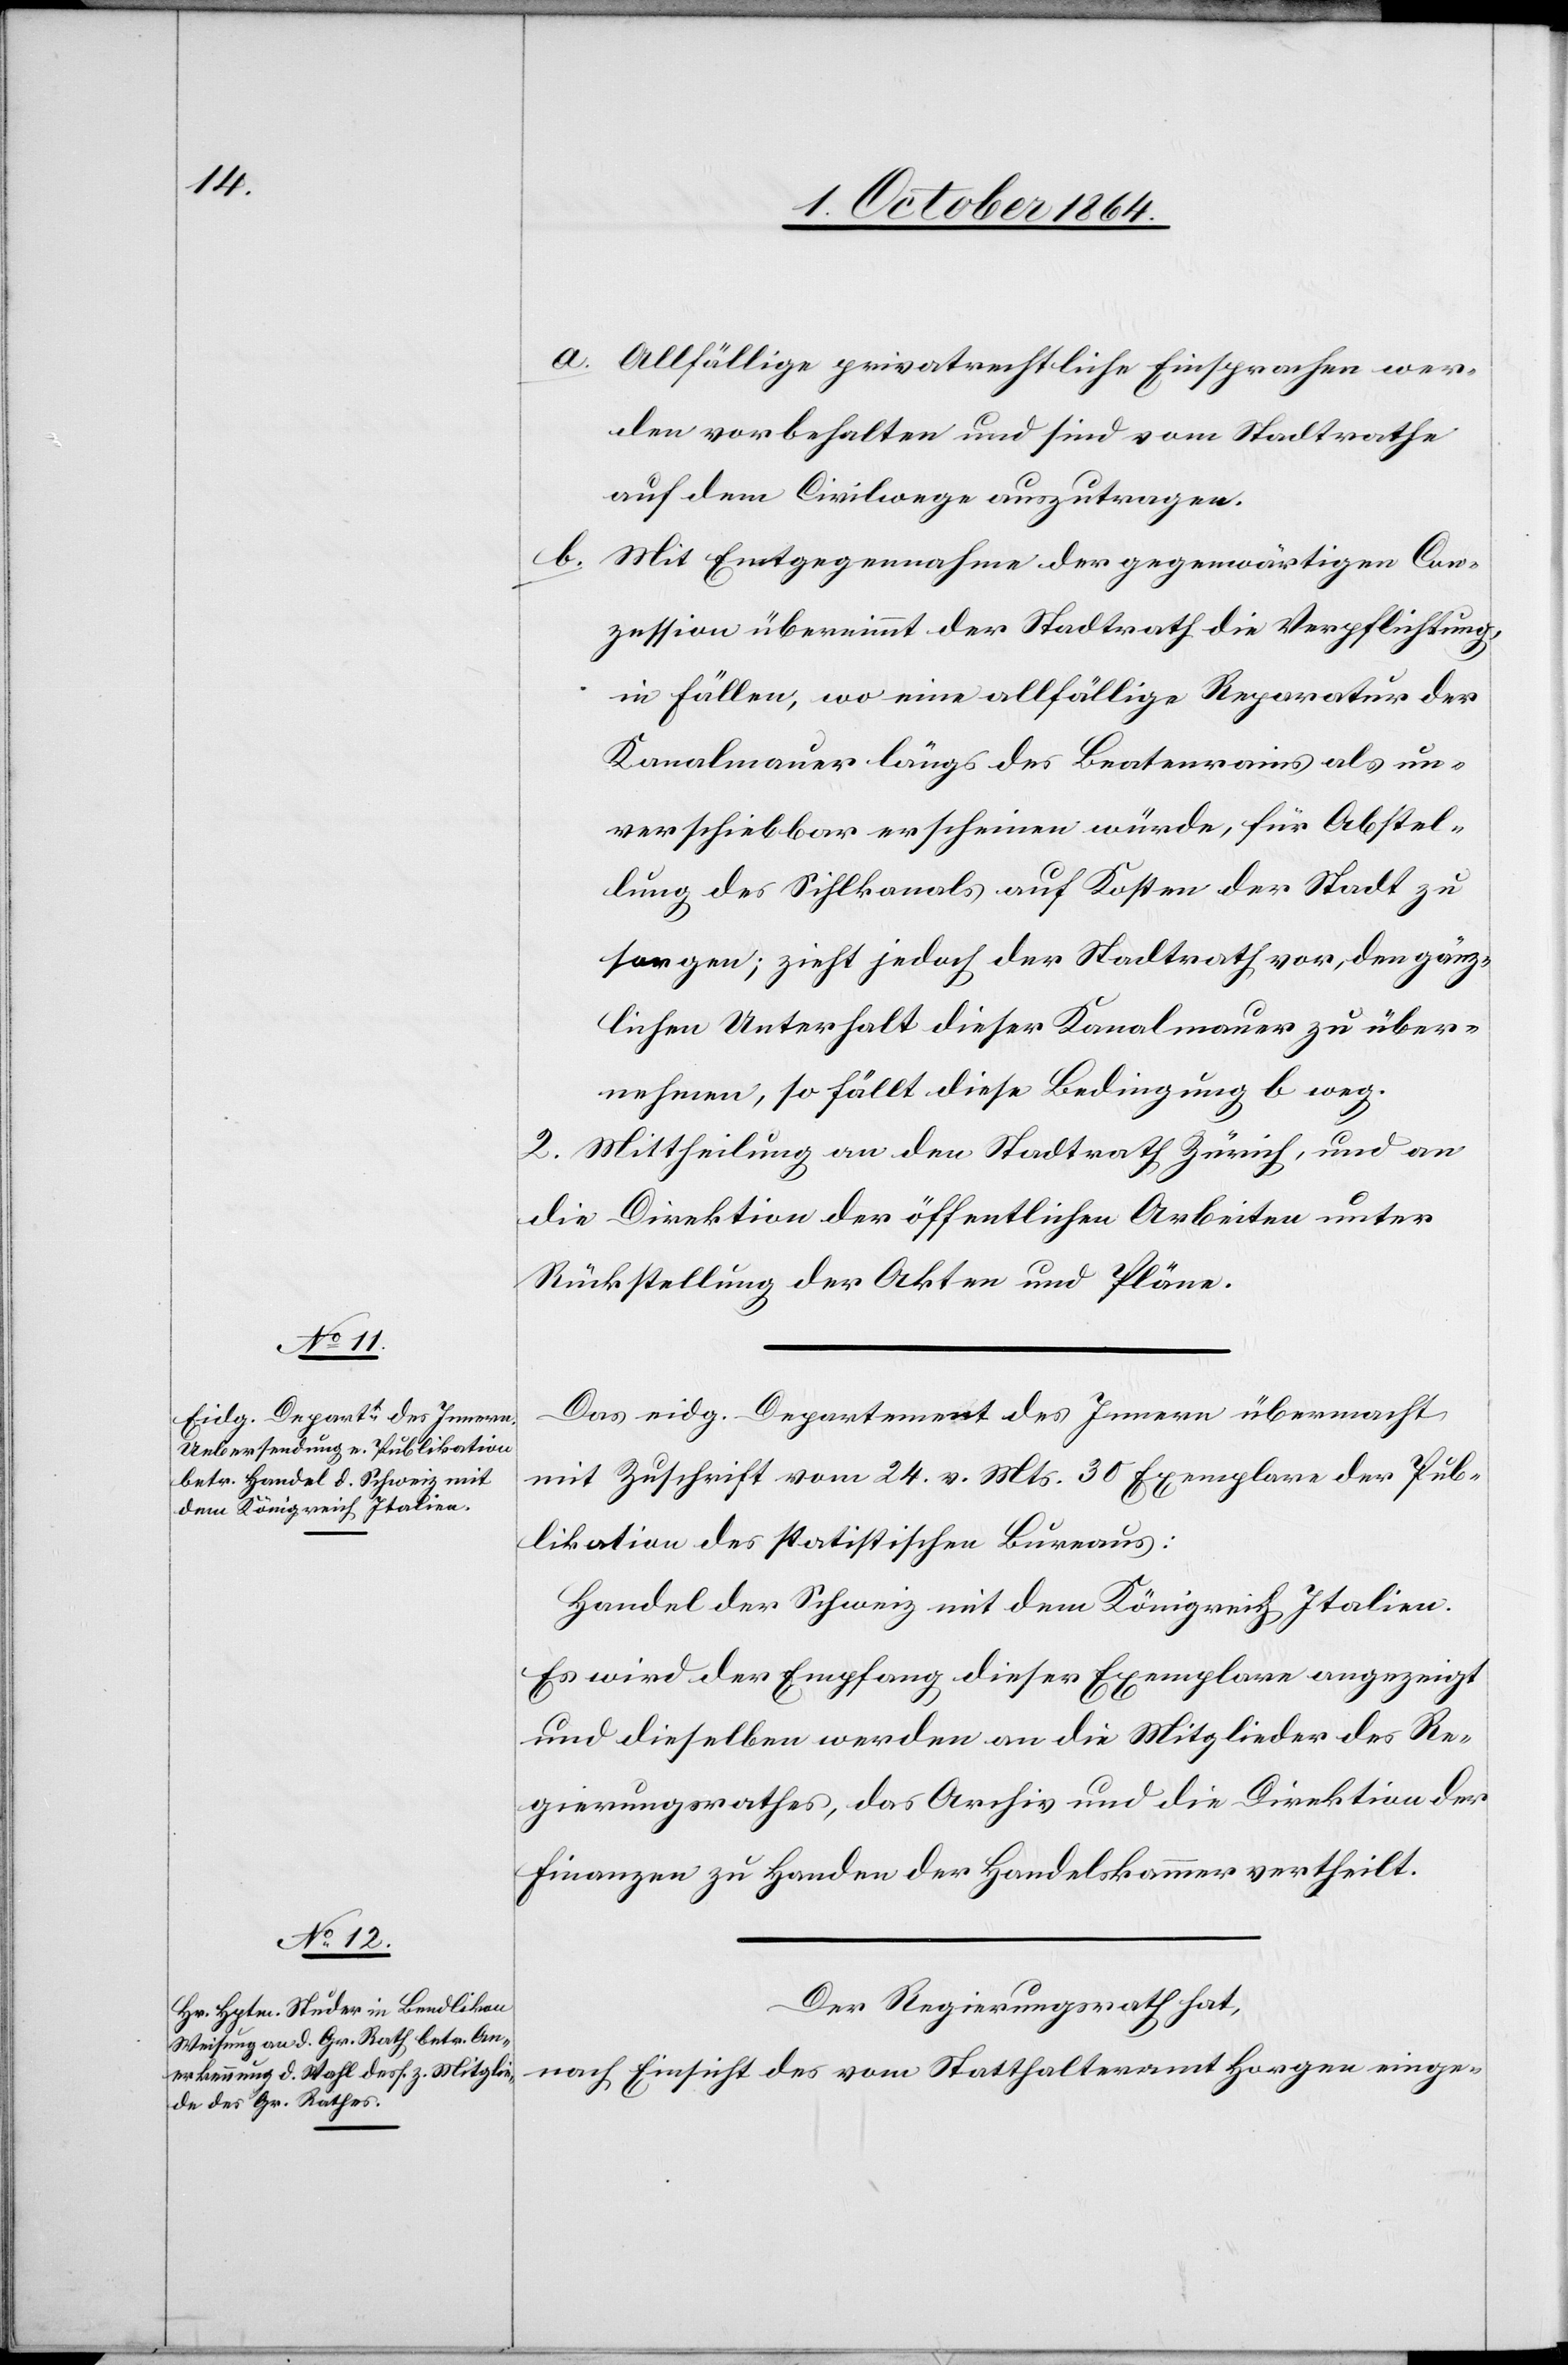
a.	Allfällige privatrechtliche Einsprachen wer¬
den vorbehalten und sind vom Stadtrathe
auf dem Civilwege auszutragen.
b.	Mit Entgegennahme der gegenwärtigen Con¬
zession übernimmt der Stadtrath die Verpflichtung,
in Fällen, wo eine allfällige Reparatur der
Kanalmauer längs des Beatenrains als un¬
verschiebbar erscheinen würde, für Abstel¬
lung des Sihlkanals auf Kosten der Stadt zu
sorgen; zieht jedoch der Stadtrath vor, den gänz¬
lichen Unterhalt dieser Kanalmauer zu über¬
nehmen, so fällt diese Bedingung b weg.
2. Mittheilung an den Stadtrath Zürich, und an
die Direktion der öffentlichen Arbeiten unter
Rückstellung der Akten und Pläne.
Das eidg. Departement des Innern übermacht
mit Zuschrift vom 24. v. Mts. 30 Exemplare der Pub¬
likation des statistischen Bureaus:
Handel der Schweiz mit dem Königreich Italien.
Es wird der Empfang dieser Exemplare angezeigt
und dieselben werden an die Mitglieder des Re¬
gierungsrathes, das Archiv und die Direktion der
Finanzen zu Handen der Handelskammer vertheilt.
Der Regierungsrath hat,
nach Einsicht des vom Statthalteramt Horgen einge-